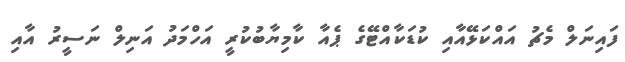
ފައިނަލް މެޗު އައްކަޅޭއާއި ކުޑަކާއްޓޭގެ ޕެއާ ކާމިޔާބުކުރީ އަހްމަދު އަނިލް ނަސީރު އާއި